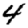
Digit: 4